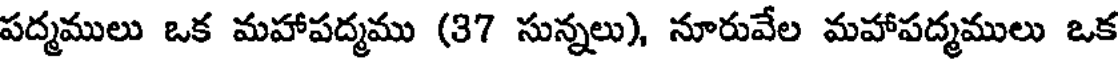
పద్మములు ఒక మహాపద్మము (37 సున్నలు), నూరువేల మహాపద్మములు ఒక